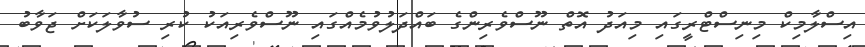
އިސްލާމިކް މިނިސްޓްރީގައި މިއަދު އޮތް ނޫސްވެރިންގެ ބައްދަލުވުމެއްގައި ނޫސްވެރިއަކު ކުރި ސުވާލަކަށް ޖަވާބު